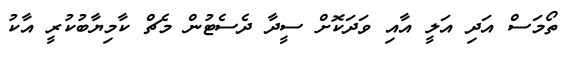
ތޯމަސް އަދި އަލީ އާއި ވަދަކޮށް ސީދާ ދެސެޓުން މެޗް ކާމިޔާބުކުރީ އާކު